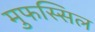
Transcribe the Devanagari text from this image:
मुफस्सिल